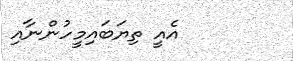
އެއީ ތިޔަބައިމީހުންނާއި